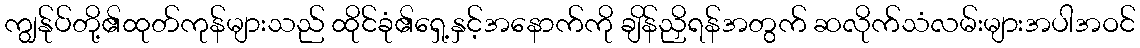
ကျွန်ုပ်တို့၏ထုတ်ကုန်များသည် ထိုင်ခုံ၏ရှေ့နှင့်အနောက်ကို ချိန်ညှိရန်အတွက် ဆလိုက်သံလမ်းများအပါအဝင်